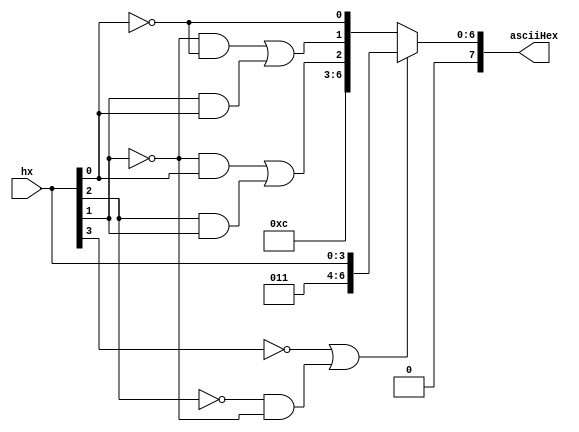
//
// bin2AsciiHex
// convert bin to 0-9a-f ascii
// bryan chin - derivation in cse140l sp 2019 - week 7 lecture
//
module bin2AsciiHex (
		  output wire [7:0] asciiHex,
		  input       [3:0] hx
		  );

   wire 			    lowerTen;
   assign lowerTen = ~hx[3]  | ~hx[2] & ~hx[1];

   assign asciiHex = lowerTen ? 
		  {4'h3, hx[3:0]} :
		  {4'h6, 1'b0,
                   ~hx[1] & hx[0] | hx[2] & hx[1],
                   ~hx[1] & ~hx[0] | hx[1] & hx[0],
                   ~hx[0]};
endmodule // hex2ascii


//
//
//module bin2AsciiHex (
//		  output reg [7:0] asciiHex,
//		  input [3:0]  inVal);
//
//   always @(*) begin
//      casex (inVal)
//	4'ha : asciiHex = 8'h61;
//	4'hb : asciiHex = 8'h62;
//	4'hc : asciiHex = 8'h63;
//	4'hd : asciiHex = 8'h64;
//	4'he : asciiHex = 8'h65;
//	4'hf : asciiHex = 8'h66;
//	default : asciiHex = {4'h3, inVal};
//    endcase // casex (inVal)
//   end // always @ (*)
//endmodule